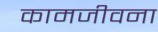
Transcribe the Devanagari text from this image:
कामजीवना